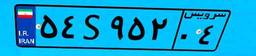
۰۲S۱۶۱۷۷